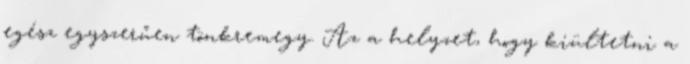
egész egyszerűen tönkremegy. Az a helyzet, hogy kiültetni a